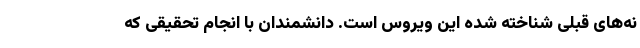
نه‌های قبلی شناخته شده این ویروس است. دانشمندان با انجام تحقیقی که